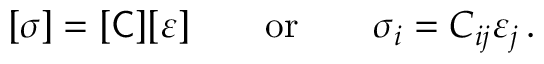
[ { \boldsymbol { \sigma } } ] = [ { \mathsf { C } } ] [ { \boldsymbol { \varepsilon } } ] \qquad { \mathrm { o r } } \qquad \sigma _ { i } = C _ { i j } \varepsilon _ { j } \, .